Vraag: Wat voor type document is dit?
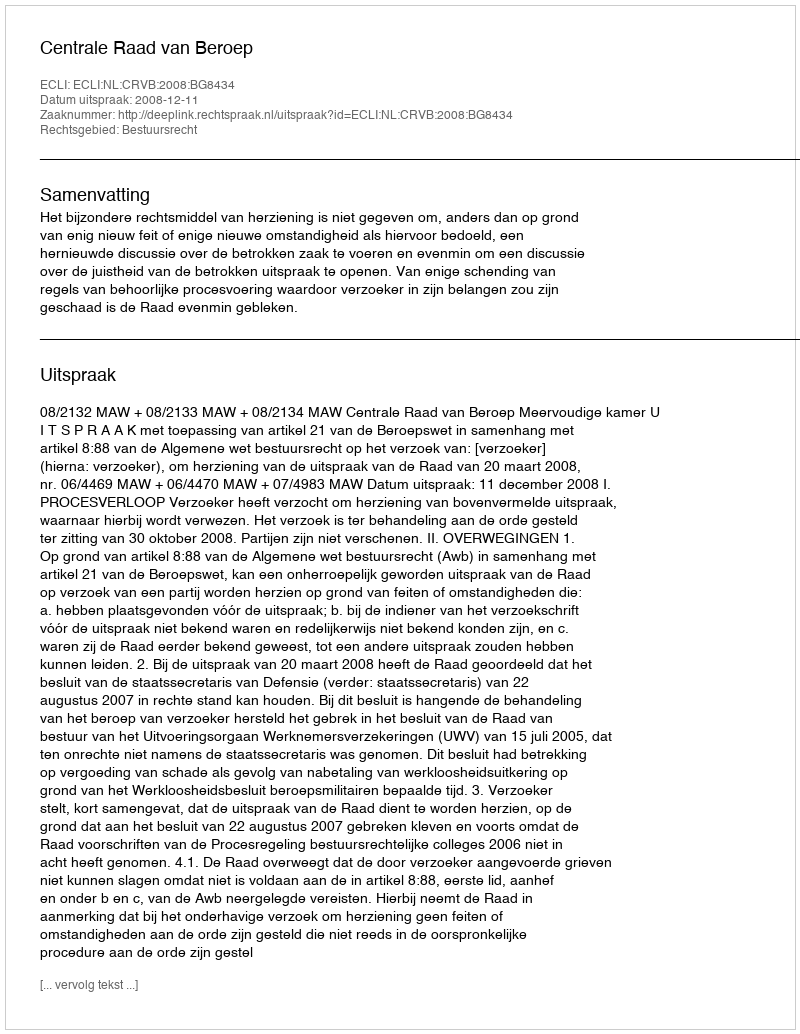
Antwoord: Uitspraak